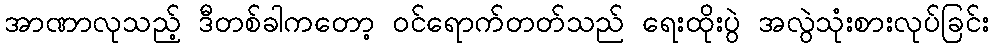
အာဏာလုသည့် ဒီတစ်ခါကတော့ ဝင်ရောက်တတ်သည် ရေးထိုးပွဲ အလွဲသုံးစားလုပ်ခြင်း